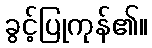
ခွင့်ပြုကုန်၏။